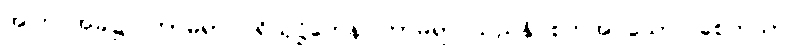
အကြင်အခါ၌။ ကာမရာဂပရိယုဋ္ဌိတေန၊ ကာမရာဂသည်နှိပ်စက်အပ်သော။ စေတသာ၊